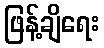
ဖြန့်ချိရေး